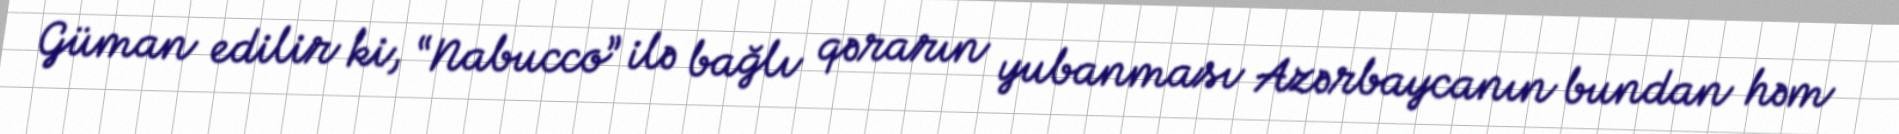
Güman edilir ki, “Nabucco” ilə bağlı qərarın yubanması Azərbaycanın bundan həm